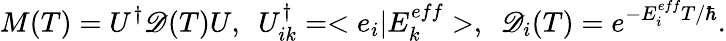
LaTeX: M(T)=U^{\dagger}\mathscr{D}(T)U,~~U_{ik}^{\dagger}=<e_{i}|E_{k}^{eff}>,~~\mathscr{D}_{i}(T)=e^{-E_{i}^{eff}T/\hbar}.